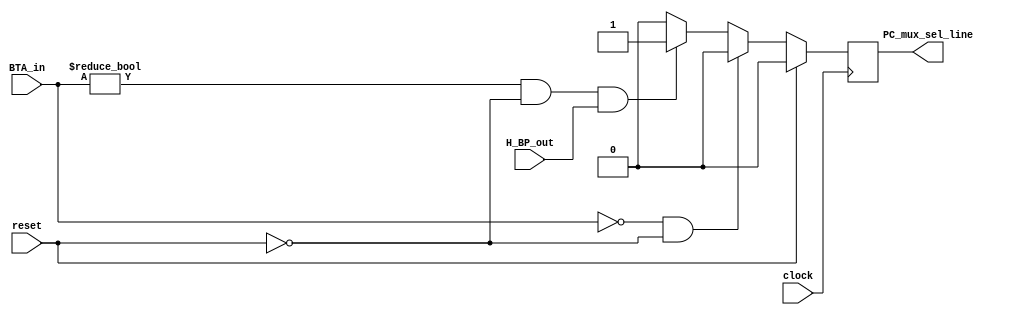
module BP_Controller(PC_mux_sel_line, BTA_in, H_BP_out, clock, reset);

output reg PC_mux_sel_line;

input [15:0] BTA_in;
input clock, reset, H_BP_out;

always @(posedge clock)
begin
	if(reset)
		PC_mux_sel_line <= 1'b0;
		
	else if(BTA_in == 16'b0 && !reset)
		PC_mux_sel_line <= 1'b0;
		
	else if(BTA_in != 16'b0 && !reset && H_BP_out)
		PC_mux_sel_line <= 1'b1;
		
	else
		PC_mux_sel_line <= 1'b0;

end

endmodule